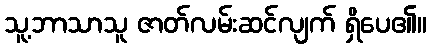
သူ့ဘာသာသူ ဇာတ်လမ်းဆင်လျက် ရှိပေ၏။